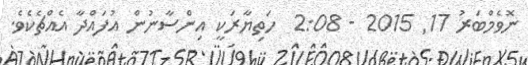
ނޮވެމްބަރު 17